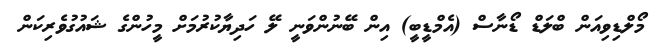
މޯލްޑިވިއަން ބްލަޑް ޑޯނާސް (އެމްޑީބީ) އިން ބޭނުންވަނީ ލޭ ހަދިޔާކުރުމަށް މީހުންގެ ޝައުގުވެރިކަން